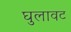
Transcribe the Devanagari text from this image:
घुलावट